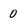
Character: 0